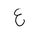
Letter: _ayn